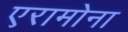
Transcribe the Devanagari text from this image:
एरामोना